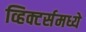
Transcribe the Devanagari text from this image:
व्हिक्टर्समध्ये